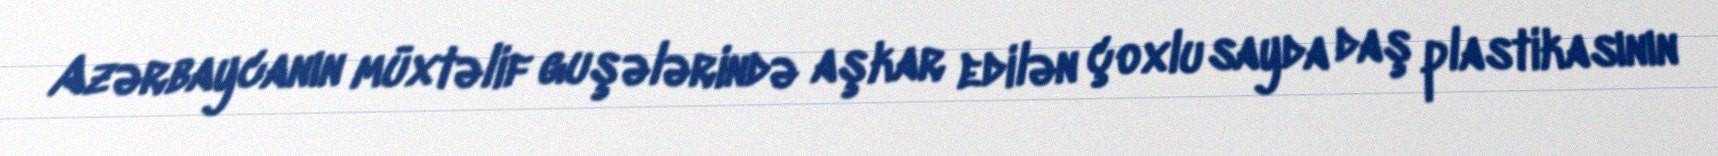
Azərbaycanın müxtəlif guşələrində aşkar edilən çoxlu sayda daş plastikasının